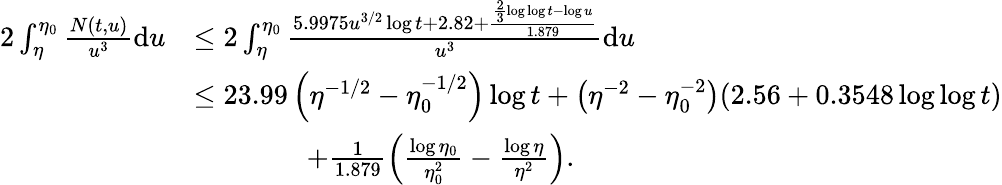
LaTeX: \begin{array}{rl}{2\int_{\eta}^{\eta_{0}}\frac{N(t,u)}{u^{3}}\mathrm{d}u}&{\le 2\int_{\eta}^{\eta_{0}}\frac{5.9975u^{3/2}\log t+2.82+\frac{\frac{2}{3}\log\log t-\log u}{1.879}}{u^{3}}\mathrm{d}u}\\ &{\le 23.99\left(\eta^{-1/2}-\eta_{0}^{-1/2}\right)\log t+\left(\eta^{-2}-\eta_{0}^{-2}\right)(2.56+0.3548\log\log t)}\\ &{\qquad\qquad+\frac{1}{1.879}\left(\frac{\log\eta_{0}}{\eta_{0}^{2}}-\frac{\log\eta}{\eta^{2}}\right).}\end{array}